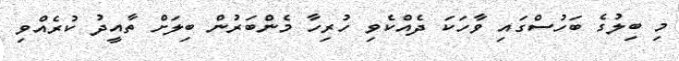
މި ބިލުގެ ބަހުސްގައި ވާހަކަ ދެއްކެވި ހުރިހާ މެންބަރުން ބިލަށް ތާއީދު ކުރެއްވި